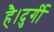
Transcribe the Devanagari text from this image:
है।दुर्गी